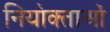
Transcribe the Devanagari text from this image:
नियोक्‍ताओं